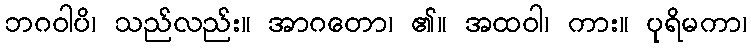
ဘဂဝါပိ၊ သည်လည်း။ အာဂတော၊ ၏။ အထဝါ၊ ကား။ ပုရိမကာ၊